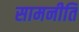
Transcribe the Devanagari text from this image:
सामनीति